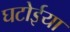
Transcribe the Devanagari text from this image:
घटोईया